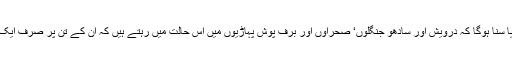
آپ نے دیکھا یا سنا ہوگا کہ درویش اور سادھو جنگلوں‘ صحراؤں اور برف پوش پہاڑیوں میں اس حالت میں رہتے ہیں کہ ان کے تن پر صرف ایک کپڑا ہوتا ہے۔